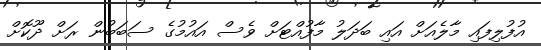
އުފުލިފައި މާލެއަށް އައި ބަދަލު މާފުއްޓަށް ވެސް އައުމުގެ ސަބަބުން ރަށް ދޫކޮށް